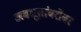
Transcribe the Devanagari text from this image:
अवधूतांबरोबर